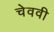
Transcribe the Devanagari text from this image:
चेववी